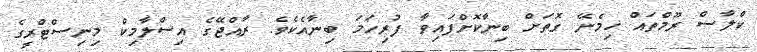
ކްލާސް ރޫމްތައް ހިމެނޭ ގޮތަށް ބިނާކޮށްފައިވާ ފުރިހަމަ ބިނާއެކެވެ. ރާއްޖޭގެ އިސްލާމިކް މިނިސްޓްރީގެ